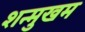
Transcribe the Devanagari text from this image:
शन्मुखम